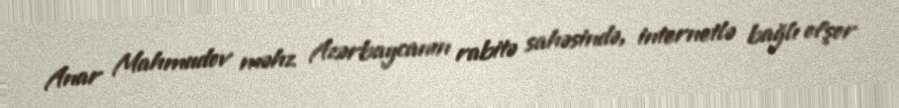
Anar Mahmudov məhz Azərbaycanın rabitə sahəsində, internetlə bağlı ofşor